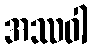
အဿဝါ